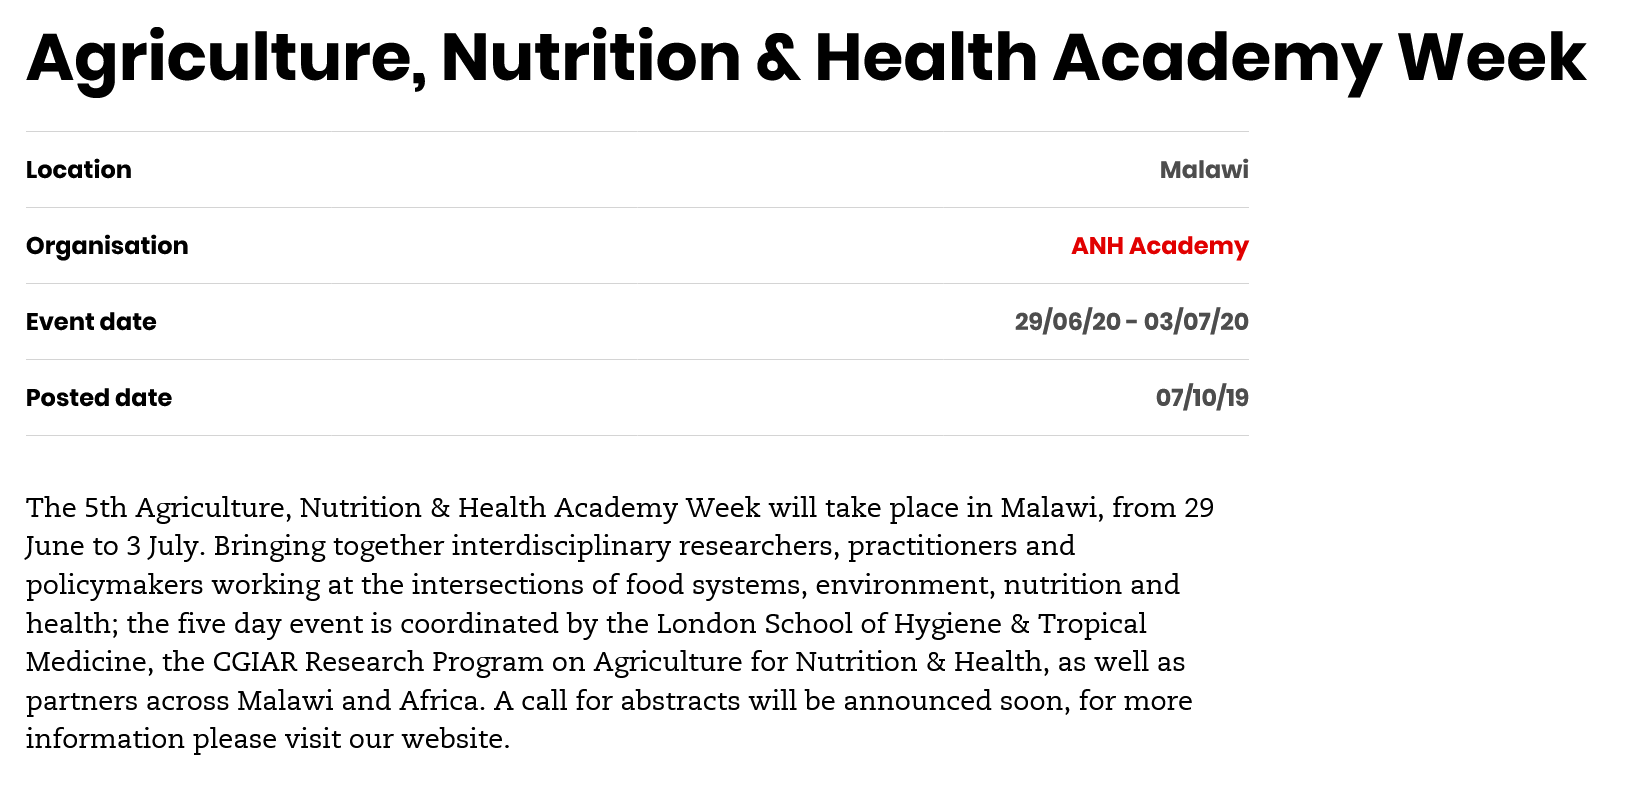
Location
  Organisation
  Event date
  Posted date    o7/io/19
     29/06/20 - 03/07/20
     ANH Academy
     Malawi
  The 5th Agriculture, Nutrition & Health Academy Week will take place in Malawi, from 29
  June to 3 July. Bringing together interdisciplinary researchers, practitioners and
  policymakers working at the intersections of food systems, environment, nutrition and
  health; the five day event is coordinated by the London School of Hygiene & Tropical
  Medicine, the CGIAR Research Program on Agriculture for Nutrition & Health, as well as
  partners across Malawi and Africa. A call for abstracts will be announced soon, for more
  information please visit our website.
  Agriculture,    Nutrition    &   Health    Academy    Week